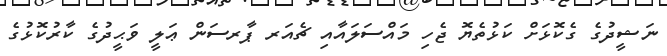
ނަޝީދުގެ ގެކޮޅަށް ކަޅުތެޔޮ ޖެހި މައްސަލައާއި ޗެއަރ ޕާރސަން ޢަލީ ވަޙީދުގެ ކާރުކޮޅުގެ